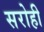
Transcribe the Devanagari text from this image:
सरोही